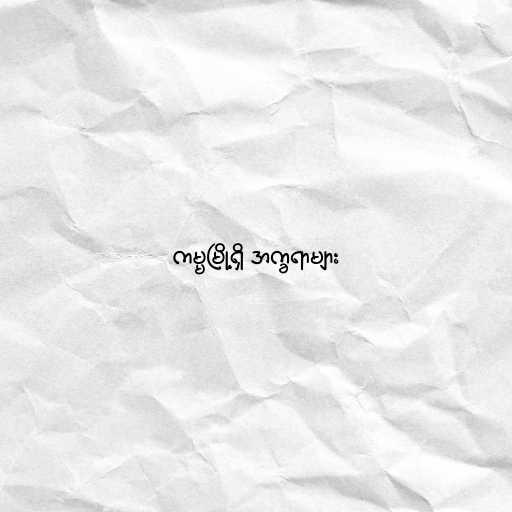
ကမ္မမြို့ရှိ အက္ခရာများ